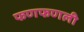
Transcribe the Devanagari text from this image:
फणफणली